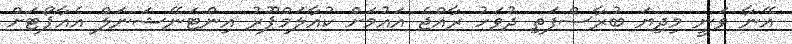
އޭނާ ވަނީ މިދިޔަ ބުރާސްފަތި ދުވަހު ރާއްޖެ އައުމަށް ކުއާލަމްޕޫރު އިންޓަނޭޝަނަލް އެއާޕޯޓަށް